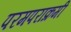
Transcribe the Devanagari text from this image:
परमपराक्रमी